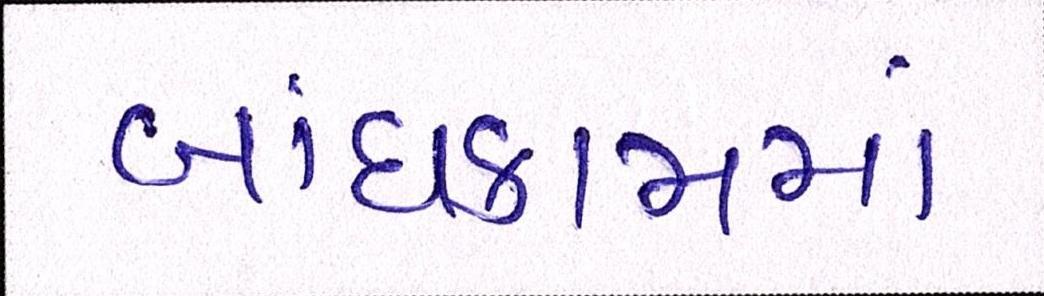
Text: બાંધકામમાં